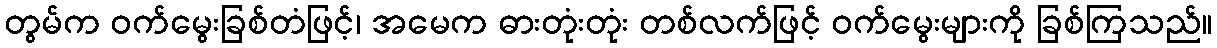
တွမ်က ဝက်မွေးခြစ်တံဖြင့်၊ အမေက ဓားတုံးတုံး တစ်လက်ဖြင့် ဝက်မွေးများကို ခြစ်ကြသည်။